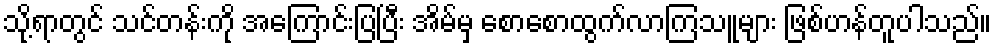
သို့ရာတွင် သင်တန်းကို အကြောင်းပြပြီး အိမ်မှ စောစောထွက်လာကြသူများ ဖြစ်ဟန်တူပါသည်။